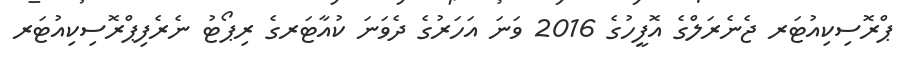
ޕްރޮސިކިއުޓަރ ޖެނެރަލްގެ އޮފީހުގެ 2016 ވަނަ އަހަރުގެ ދެވަނަ ކުއާޓަރގެ ރިޕޯޓު ނެރެފިޕްރޮސިކިއުޓަރ